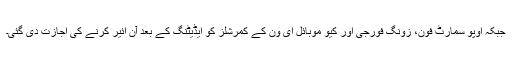
جبکہ اوپو سمارٹ فون، زونگ فورجی اور کیو موبائل ای ون کے کمرشلز کو ایڈیٹنگ کے بعد آن ائیر کرنے کی اجازت دی گئی۔